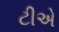
ટીએ